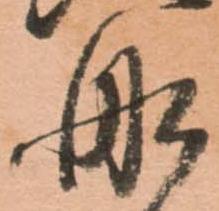
舩